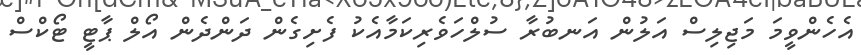
އެހެންވީމަ މަޖިލިސް އަލުން އަނބުރާ ސުލްހަވެރިކަމާއެކު ފެށިގެން ދަންދެން އޯލް ޕާޓީ ޓޯކްސް